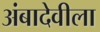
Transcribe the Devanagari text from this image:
अंबादेवीला